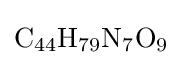
{\ce {C44H79N7O9}}